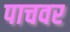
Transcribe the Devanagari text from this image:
पाचवर